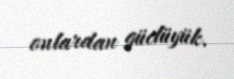
onlardan güclüyük.